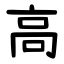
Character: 高